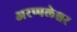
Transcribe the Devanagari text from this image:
अरप्पलेश्वर